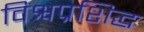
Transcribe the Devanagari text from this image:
विश्वप्रशिद्ध